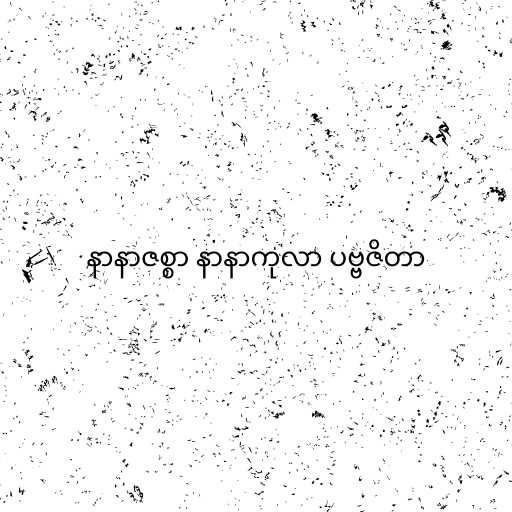
နာနာဇစ္စာ နာနာကုလာ ပဗ္ဗဇိတာ